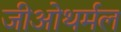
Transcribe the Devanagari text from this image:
जीओथर्मल